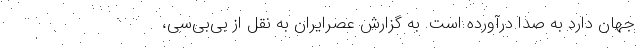
جهان دارد به صدا درآورده است. به گزارش عصرایران به نقل از بی‌بی‌سی،